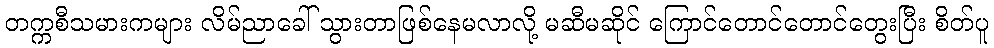
တက္ကစီသမားကများ လိမ်ညာခေါ် သွားတာဖြစ်နေမလာလို့ မဆီမဆိုင် ကြောင်တောင်တောင်တွေးပြီး စိတ်ပူ